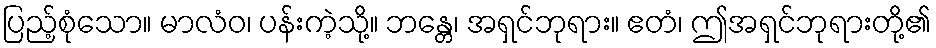
ပြည့်စုံသော။ မာလံဝ၊ ပန်းကဲ့သို့။ ဘန္တေ၊ အရှင်ဘုရား။ ဧတံ၊ ဤအရှင်ဘုရားတို့၏